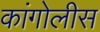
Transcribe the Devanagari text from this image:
कांगोलीस